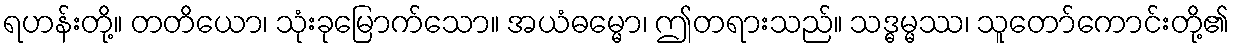
ရဟန်းတို့။ တတိယော၊ သုံးခုမြောက်သော။ အယံဓမ္မော၊ ဤတရားသည်။ သဒ္ဓမ္မဿ၊ သူတော်ကောင်းတို့၏